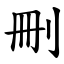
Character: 刪